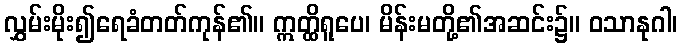
လွှမ်းမိုး၍ရေခံတတ်ကုန်၏။ ဣတ္ထိရူပေ၊ မိန်းမတို့၏အဆင်း၌။ ဝသာနုဂါ၊